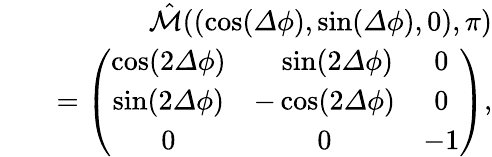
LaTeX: \begin{array}{rlr}&{}&{\hat{\mathcal{M}}((\cos({\mathit\Delta\phi}),\sin({\mathit\Delta\phi}),0),\pi)}\\ &{}&{=\left(\begin{array}{ccc}{\cos(2{\mathit\Delta\phi})}&{\ \ \ \sin(2{\mathit\Delta\phi})}&{0}\\ {\sin(2{\mathit\Delta\phi})}&{-\cos(2{\mathit\Delta\phi})}&{0}\\ {0}&{0}&{-1}\end{array}\right),}\end{array}